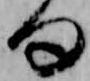
句